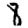
Digit: 8